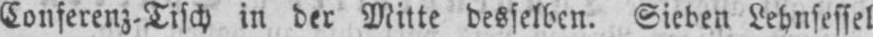
Conferenz-Tisch in der Mitte desselben. Sieben Lehnsessel